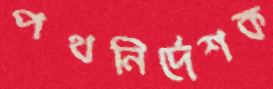
পথনির্দেশক